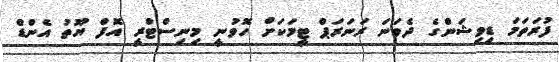
ފުރަތަމަ ޑިވިޝަންގެ ދެވަނަ ރަނަރަޕް ޓީމަކަށް ހޮވުނީ މިނިސްޓްރީ އޮފް ޔޫތު އެންޑް